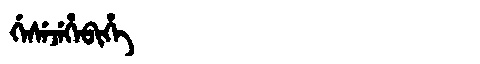
Manchu: ᡤᡝᠰᡝᠵᡝᡥᡝᠪᡳᡥᡝ
Romanization: GESEJEHEBIHE